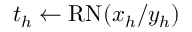
t _ { h } \gets \mathrm { R N } ( x _ { h } / y _ { h } )